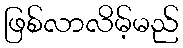
ဖြစ်လာလိမ့်မည်